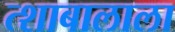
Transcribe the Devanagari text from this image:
त्शाबालाला